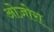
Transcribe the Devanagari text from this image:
ओज़ोरा